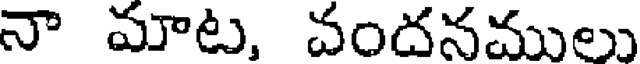
నా మాట, వందనములు